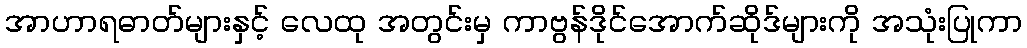
အာဟာရဓာတ်များနှင့် လေထု အတွင်းမှ ကာဗွန်ဒိုင်အောက်ဆိုဒ်များကို အသုံးပြုကာ